Physiological action of certain drugs in tablet form - Number 52A
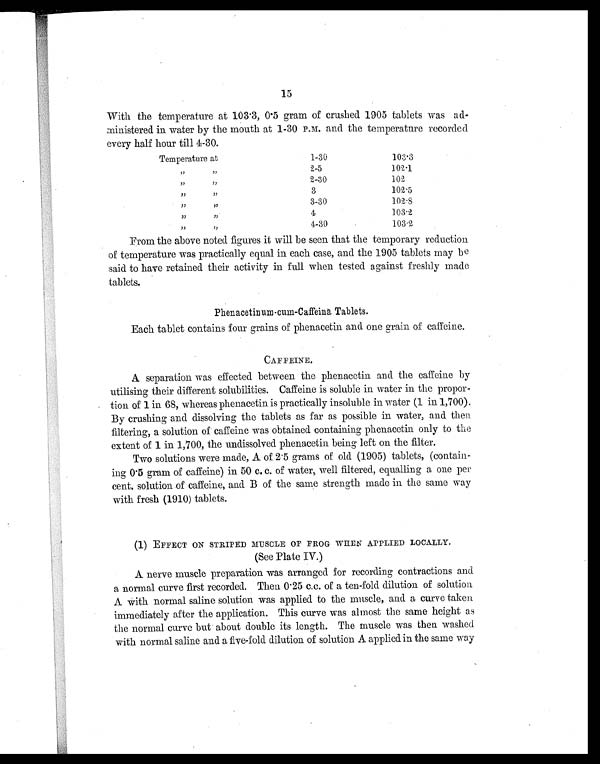
15
With the temperature at 103.3, 0.5 gram of crushed 1905 tablets was ad-
ministered in water by the mouth at 1-30 P.M. and the temperature recorded
every half hour till 4-30.
Temperature at
1-30
103.3
,,
, ,
2-5
102.1
,,
,,,
2-30
102
,,
, ,
3
102.5
,,
, ,
3-30
102.8
, ,
, ,
4
103.2
,,
, ,
4-30
103.2
From the above noted figures it will be seen that the temporary reduction
of temperature was practically equal in each case, and the 1905 tablets may be
said to have retained their activity in full when tested against freshly made
tablets.
Phenacetinum-cum-Caffeina Tablets.
Each tablet contains four grains of phenacetin and one grain of caffeine.
CAFFEINE.
A separation was effected between the phenacetin and the caffeine by
utilising their different solubilities. Caffeine is soluble in water in the propor-
tion of 1 in 68, whereas phenacetin is practically insoluble in water (1 in 1,700).
By crushing and dissolving the tablets as far as possible in water, and then
filtering, a solution of caffeine was obtained containing phenacetin only to the
extent of 1 in 1,700, the undissolved phenacetin being left on the filter.
Two solutions were made, A of 2.5 grams of old (1905) tablets, (contain-
ing 0.5 gram of caffeine) in 50 c. c. of water, well filtered, equalling a one per
cent, solution of caffeine, and B of the same strength made in the same way
with fresh (1910) tablets.
(1) EFFECT ON STRIPED MUSCLE OF FROG WHEN APPLIED LOCALLY.
(See Plate IV.)
A nerve muscle preparation was arranged for recording contractions and
a normal curve first recorded. Then 0.25 c.c. of a ten-fold dilution of solution
A with normal saline solution was applied to the muscle, and a curve taken
immediately after the application. This curve was almost the same height as
the normal curve but about double its length. The muscle was then washed
with normal saline and a five-fold dilution of solution A applied in the same way